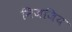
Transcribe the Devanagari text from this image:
निजजिय